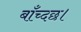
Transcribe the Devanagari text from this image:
बाँच्दछ।